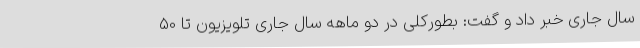
سال جاری خبر داد و گفت: بطورکلی در دو ماهه سال جاری تلویزیون تا 50